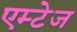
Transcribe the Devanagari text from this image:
एम्टेज